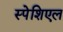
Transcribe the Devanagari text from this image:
स्पेशिएल